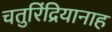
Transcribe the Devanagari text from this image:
चतुरिंद्रियानाह